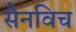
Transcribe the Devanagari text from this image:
सैनविच